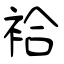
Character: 袷